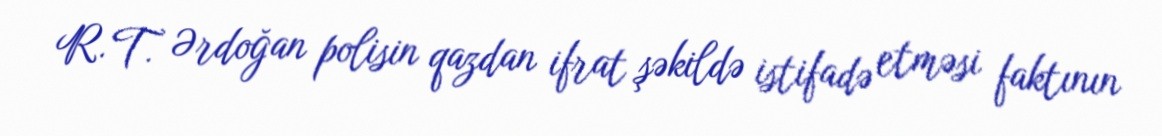
R. T. Ərdoğan polisin qazdan ifrat şəkildə istifadə etməsi faktının